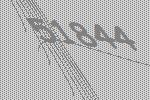
51844